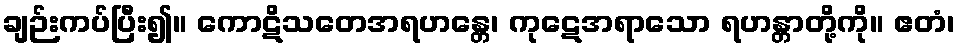
ချဉ်းကပ်ပြီး၍။ ကောဋိသတေအရဟန္တေ၊ ကုဋေအရာသော ရဟန္တာတို့ကို။ ဧတံ၊